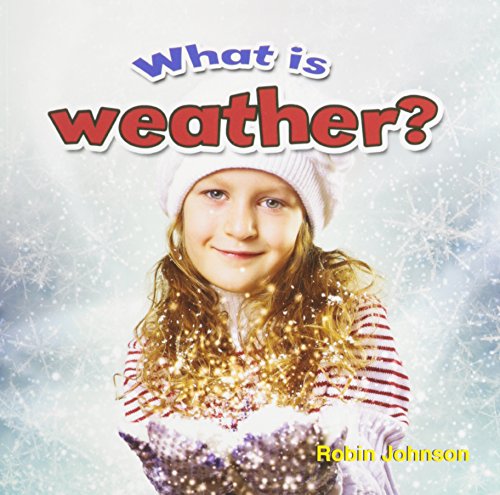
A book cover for What Is Weather? (Weather Close-Up); Robin Johnson; Children's Books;